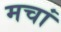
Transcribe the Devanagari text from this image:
मचां